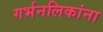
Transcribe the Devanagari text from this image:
गर्भनलिकांना